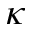
\kappa